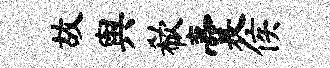
故舆欷囊侯